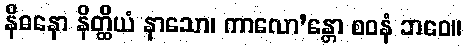
နိဓနော နိတ္ထိယံ နာသော၊ ကာလော’န္တော စဝနံ ဘဝေ။